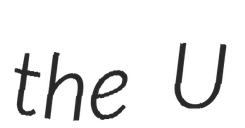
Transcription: the U